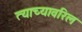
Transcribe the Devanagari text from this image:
त्याच्यावरिल